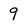
Character: 9